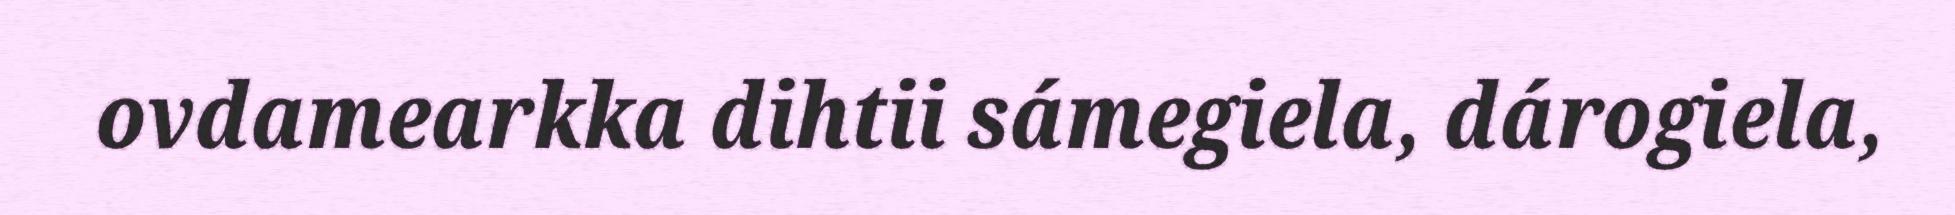
ovdamearkka dihtii sámegiela, dárogiela,